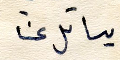
يسائل عنا